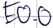
Text: E0.0